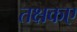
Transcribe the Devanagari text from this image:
तक्षकए